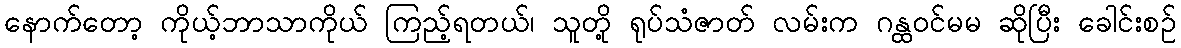
နောက်တော့ ကိုယ့်ဘာသာကိုယ် ကြည့်ရတယ်၊ သူတို့ ရုပ်သံဇာတ် လမ်းက ဂန္ထဝင်မမ ဆိုပြီး ခေါင်းစဉ်